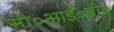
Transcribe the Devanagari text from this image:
सी॰आई॰डी॰